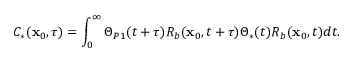
C _ { * } ( \mathbf { x } _ { 0 } , \tau ) = \int _ { 0 } ^ { \infty } \Theta _ { P 1 } ( t + \tau ) R _ { b } ( \mathbf { x } _ { 0 } , t + \tau ) \Theta _ { * } ( t ) R _ { b } ( \mathbf { x } _ { 0 } , t ) d t .